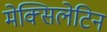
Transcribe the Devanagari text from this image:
मेक्सिलेटिन